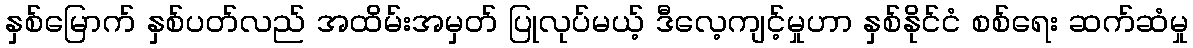
နှစ်မြောက် နှစ်ပတ်လည် အထိမ်းအမှတ် ပြုလုပ်မယ့် ဒီလေ့ကျင့်မှုဟာ နှစ်နိုင်ငံ စစ်ရေး ဆက်ဆံမှု